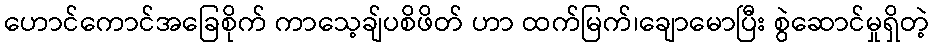
ဟောင်ကောင်အခြေစိုက် ကာသေ့ချ်ပစိဖိတ် ဟာ ထက်မြက်၊ချောမောပြီး စွဲဆောင်မှုရှိတဲ့